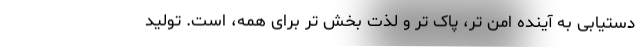
دستیابی به آینده امن تر، پاک تر و لذت بخش تر برای همه، است. تولید